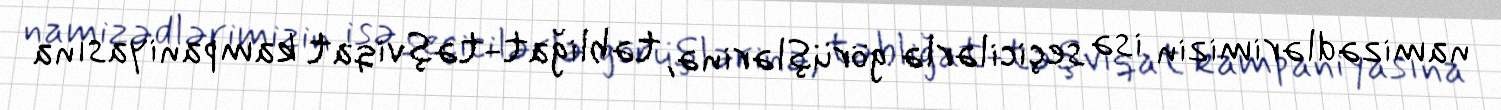
namizədlərimizin isə seçicilərlə görüşlərinə, təbliğat-təşviqat kampaniyasına